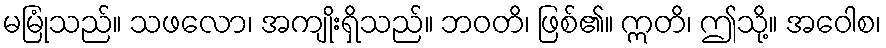
မမြုံသည်။ သဖလော၊ အကျိုးရှိသည်။ ဘဝတိ၊ ဖြစ်၏။ ဣတိ၊ ဤသို့။ အဝေါစ၊